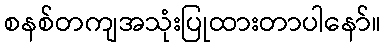
စနစ်တကျအသုံးပြုထားတာပါနော်။